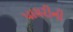
પાયરીની